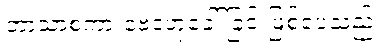
ဘာသာစကားဗေဒဟုခေါ်ခြင်းဖြစ်ပေသည်။